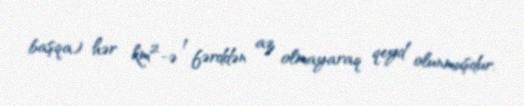
başqa) hər km²-ə 1 fərddən az olmayaraq qeyd olunmuşdur.